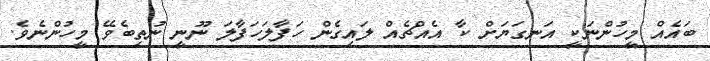
ބައެއް މީހުންނަކީ އަނގަޔަށް ކާ އެއްޗެއް ލައިގެން ހަފާލަހަފާލަ ނޫނީ ނުތިބެވޭ މީހުންނެވެ.